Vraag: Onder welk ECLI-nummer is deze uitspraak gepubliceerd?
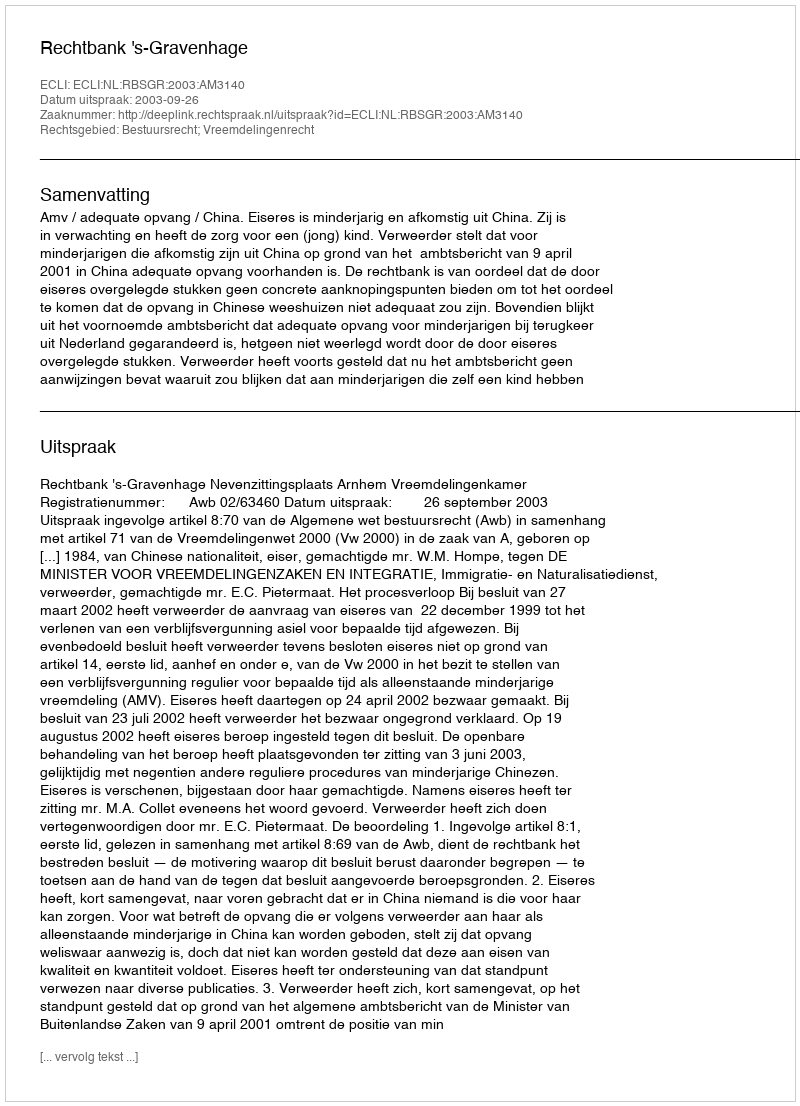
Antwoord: ECLI:NL:RBSGR:2003:AM3140